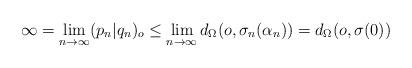
LaTeX: \begin{align*}\infty =\lim_{n \rightarrow \infty} (p_n|q_n)_o \leq \lim_{n\rightarrow \infty} d_{\Omega}(o, \sigma_n(\alpha_n))= d_{\Omega}(o, \sigma(0))\end{align*}